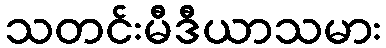
သတင်းမီဒီယာသမား